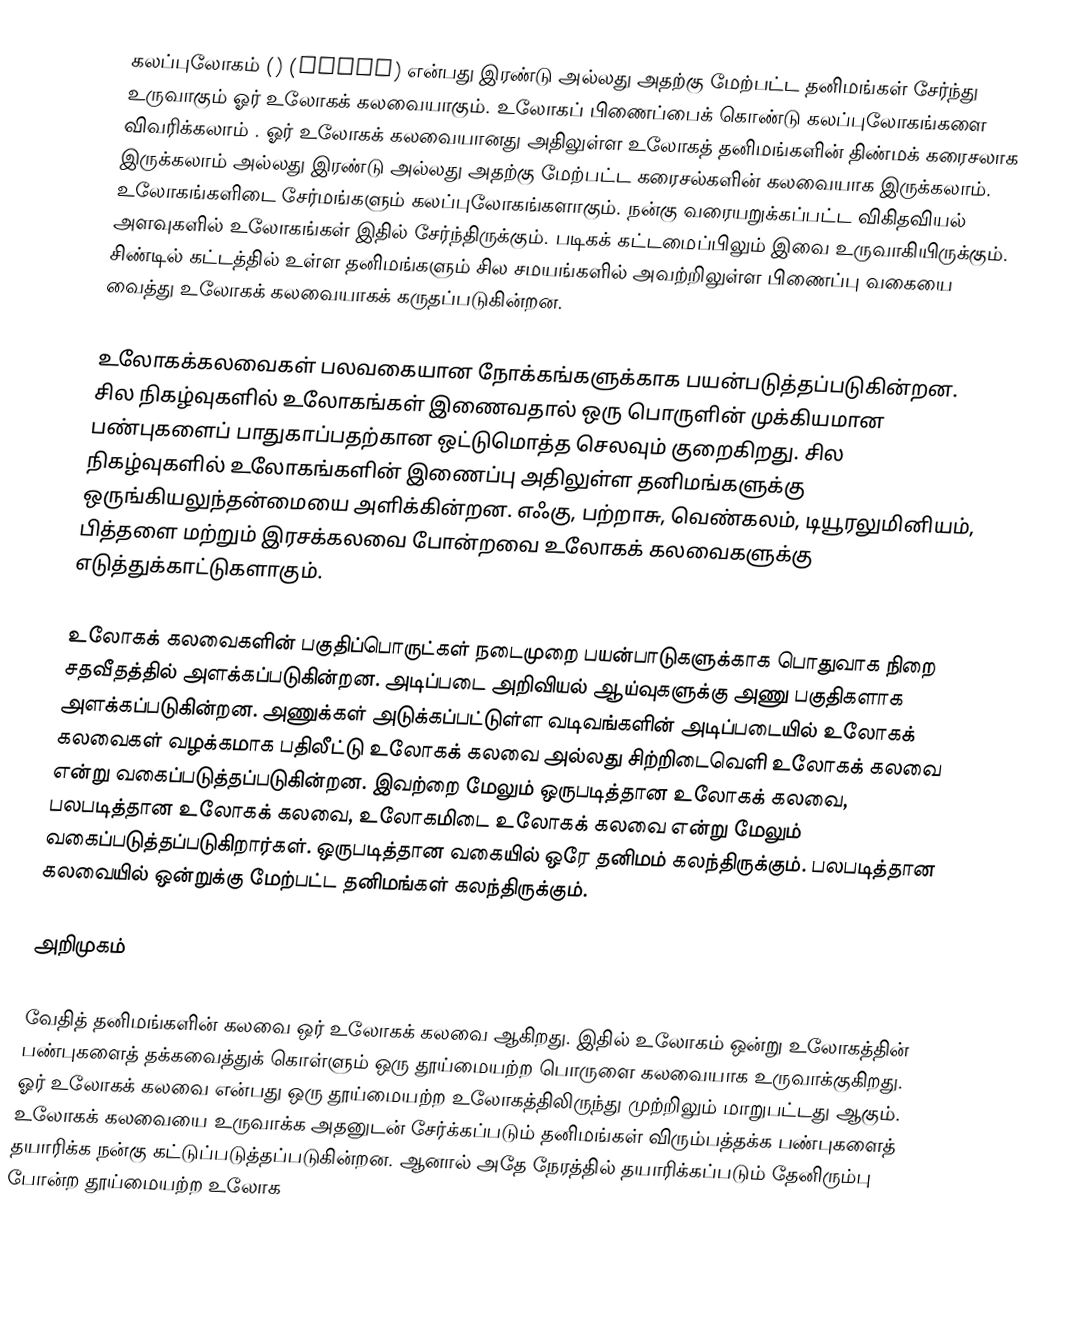
கலப்புலோகம் () (Alloy) என்பது இரண்டு அல்லது அதற்கு மேற்பட்ட தனிமங்கள் சேர்ந்து உருவாகும் ஓர் உலோகக் கலவையாகும். உலோகப் பிணைப்பைக் கொண்டு கலப்புலோகங்களை விவரிக்கலாம் . ஓர் உலோகக் கலவையானது அதிலுள்ள உலோகத் தனிமங்களின் திண்மக் கரைசலாக இருக்கலாம் அல்லது இரண்டு அல்லது அதற்கு மேற்பட்ட கரைசல்களின் கலவையாக இருக்கலாம். உலோகங்களிடை சேர்மங்களும் கலப்புலோகங்களாகும். நன்கு வரையறுக்கப்பட்ட விகிதவியல் அளவுகளில் உலோகங்கள் இதில் சேர்ந்திருக்கும். படிகக் கட்டமைப்பிலும் இவை உருவாகியிருக்கும். சிண்டில் கட்டத்தில் உள்ள தனிமங்களும் சில சமயங்களில் அவற்றிலுள்ள பிணைப்பு வகையை வைத்து உலோகக் கலவையாகக் கருதப்படுகின்றன.

உலோகக்கலவைகள் பலவகையான நோக்கங்களுக்காக பயன்படுத்தப்படுகின்றன. சில நிகழ்வுகளில் உலோகங்கள் இணைவதால் ஒரு பொருளின் முக்கியமான பண்புகளைப் பாதுகாப்பதற்கான ஒட்டுமொத்த செலவும் குறைகிறது. சில நிகழ்வுகளில் உலோகங்களின் இணைப்பு அதிலுள்ள தனிமங்களுக்கு ஒருங்கியலுந்தன்மையை அளிக்கின்றன. எஃகு, பற்றாசு,  வெண்கலம், டியூரலுமினியம், பித்தளை மற்றும் இரசக்கலவை போன்றவை உலோகக் கலவைகளுக்கு எடுத்துக்காட்டுகளாகும்.

உலோகக் கலவைகளின் பகுதிப்பொருட்கள் நடைமுறை பயன்பாடுகளுக்காக பொதுவாக நிறை சதவீதத்தில் அளக்கப்படுகின்றன. அடிப்படை அறிவியல் ஆய்வுகளுக்கு அணு பகுதிகளாக அளக்கப்படுகின்றன. அணுக்கள் அடுக்கப்பட்டுள்ள வடிவங்களின் அடிப்படையில்  உலோகக் கலவைகள் வழக்கமாக பதிலீட்டு உலோகக் கலவை அல்லது சிற்றிடைவெளி உலோகக் கலவை என்று வகைப்படுத்தப்படுகின்றன. இவற்றை மேலும் ஒருபடித்தான உலோகக் கலவை, பலபடித்தான உலோகக் கலவை, உலோகமிடை உலோகக் கலவை என்று மேலும் வகைப்படுத்தப்படுகிறார்கள். ஒருபடித்தான வகையில் ஒரே தனிமம் கலந்திருக்கும். பலபடித்தான கலவையில் ஒன்றுக்கு மேற்பட்ட தனிமங்கள் கலந்திருக்கும்.

அறிமுகம்

வேதித் தனிமங்களின் கலவை ஒர் உலோகக் கலவை ஆகிறது. இதில் உலோகம் ஒன்று உலோகத்தின் பண்புகளைத் தக்கவைத்துக் கொள்ளும் ஒரு தூய்மையற்ற பொருளை கலவையாக உருவாக்குகிறது. ஓர் உலோகக் கலவை  என்பது ஒரு தூய்மையற்ற உலோகத்திலிருந்து முற்றிலும் மாறுபட்டது ஆகும்.  உலோகக் கலவையை உருவாக்க அதனுடன் சேர்க்கப்படும் தனிமங்கள் விரும்பத்தக்க பண்புகளைத் தயாரிக்க நன்கு கட்டுப்படுத்தப்படுகின்றன. ஆனால் அதே நேரத்தில் தயாரிக்கப்படும் தேனிரும்பு போன்ற தூய்மையற்ற உலோக